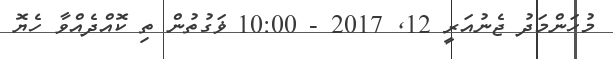
މުހަންމަދު ޖެނުއަރީ 12